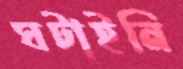
ঘটাইনি